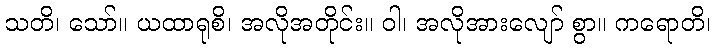
သတိ၊ သော်။ ယထာရုစိ၊ အလိုအတိုင်း။ ဝါ၊ အလိုအားလျော် စွာ။ ကရောတိ၊